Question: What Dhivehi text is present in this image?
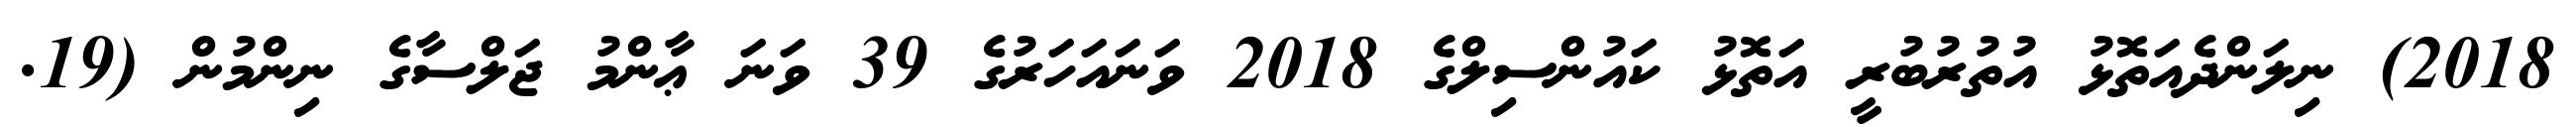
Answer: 2018) ނިލަންދެއަތޮޅު އުތުރުބުރީ އަތޮޅު ކައުންސިލްގެ 2018 ވަނައަހަރުގެ 39 ވަނަ ޢާންމު ޖަލްސާގެ ނިންމުން (19.